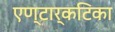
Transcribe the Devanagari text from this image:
एण्टार्कटिका